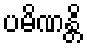
ပမိဏန္တိ